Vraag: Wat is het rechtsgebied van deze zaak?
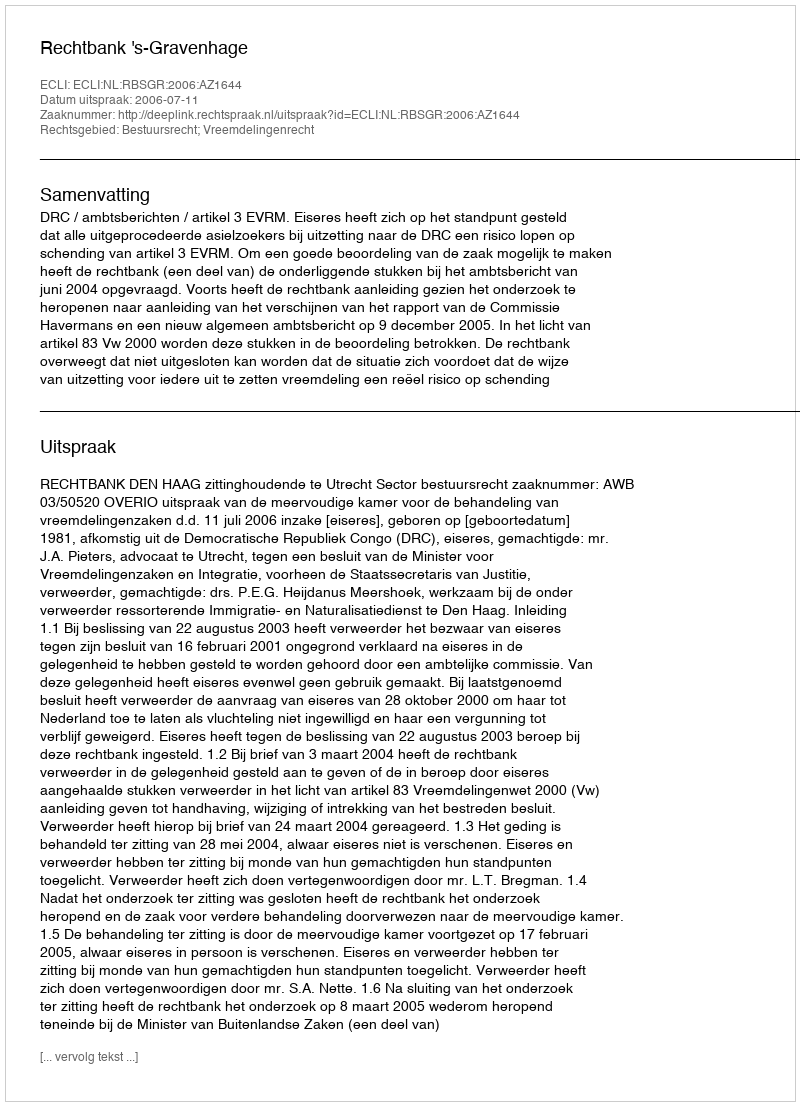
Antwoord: Bestuursrecht; Vreemdelingenrecht